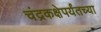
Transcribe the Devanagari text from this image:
चंद्रकक्षेपर्यंतच्या